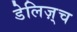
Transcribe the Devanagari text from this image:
डेलिज़्च